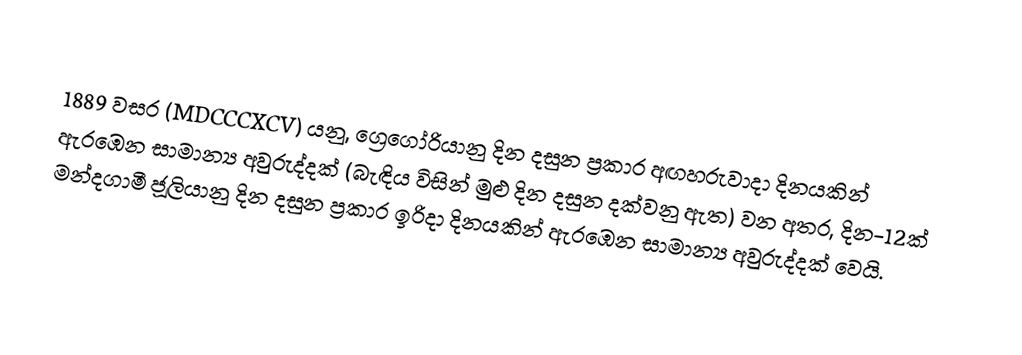

1889 වසර (MDCCCXCV) යනු, ග්‍රෙගෝරියානු දින දසුන ප්‍රකාර  අඟහරුවාදා දිනයකින් ඇරඹෙන සාමාන්‍ය අවුරුද්දක් (බැඳිය විසින් මුළු දින දසුන දක්වනු ඇත) වන අතර,  දින-12ක් මන්දගාමී ජූලියානු දින දසුන ප්‍රකාර   ඉරිදා දිනයකින් ඇරඹෙන සාමාන්‍ය අවුරුද්දක් වෙයි.